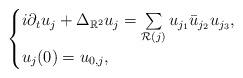
LaTeX: \begin{align*}\begin{cases}i\partial_t u_j + \Delta_{\mathbb{R}^2} u_j = \sum\limits_{\mathcal{R}(j)} u_{j_1} \bar{u}_{j_2} u_{j_3},\\u_j(0) = u_{0,j},\end{cases}\end{align*}